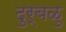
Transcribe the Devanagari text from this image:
दुर्बळु